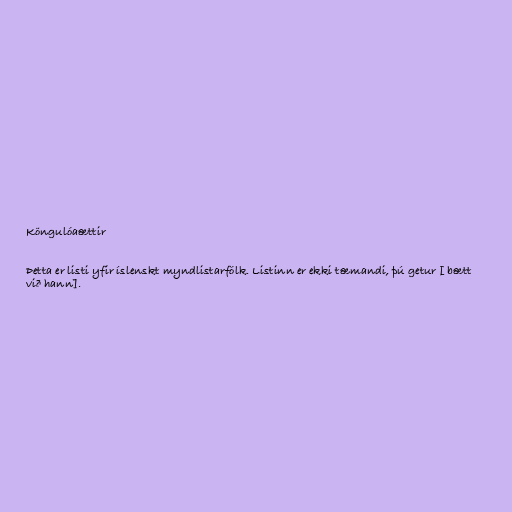
Köngulóaættir

Þetta er listi yfir íslenskt myndlistarfólk. Listinn er ekki tæmandi, þú getur [ bætt
við hann].